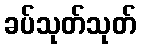
ခပ်သုတ်သုတ်